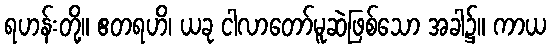
ရဟန်းတို့။ ဧတရဟိ၊ ယခု ငါလာတော်မူဆဲဖြစ်သော အခါ၌။ ကာယ